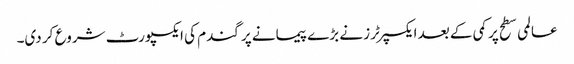
عالمی سطح پر کمی کے بعد ایکسپرٹرز نے بڑے پیمانے پر گندم کی ایکسپورٹ شروع کر دی۔